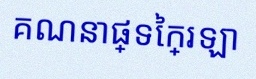
គណនាផ្ទៃក្រឡា